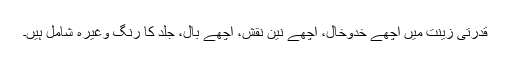
قدرتی زینت میں اچھے خدوخال، اچھے نین نقش، اچھے بال، جلد کا رنگ وغیرہ شامل ہیں۔